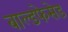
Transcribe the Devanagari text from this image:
बाल्डफेसेड